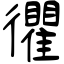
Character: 忂